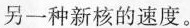
另一种新核的速度。